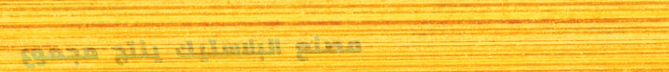
مصنع البلاستيك ينتج مجموع